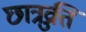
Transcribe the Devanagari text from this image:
छात्रव्रुत्ति